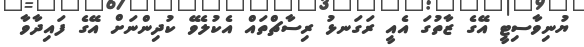
ޔުނިވާސިޓީ އޭގެ ޒާތުގަ އެއީ ރަގަނޅު ރިސާޗްތައް އެކުލެވޭ ކުދިންނަށް އޭގެ ފައިދާވާ